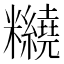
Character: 𥽵